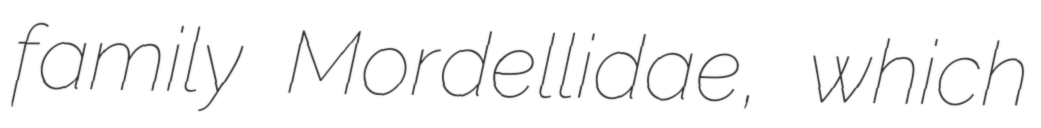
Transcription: family Mordellidae, which